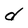
Character: d